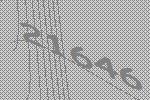
21646